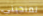
تمنحيني